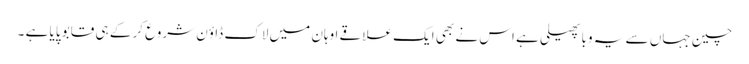
چین جہاں سے یہ وبا پھیلی ہے اس نے بھی ایک علاقے اوہان میں لاک ڈاؤن شروع کر کے ہی قابو پایا ہے ۔